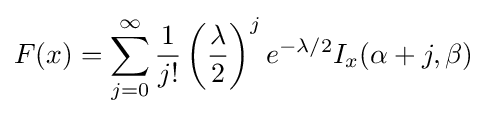
F(x)=\sum _{j=0}^{\infty }{\frac {1}{j!}}\left({\frac {\lambda }{2}}\right)^{j}e^{-\lambda /2}I_{x}(\alpha +j,\beta )